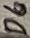
Text: D6